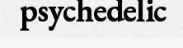
psychedelic